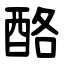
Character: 酪